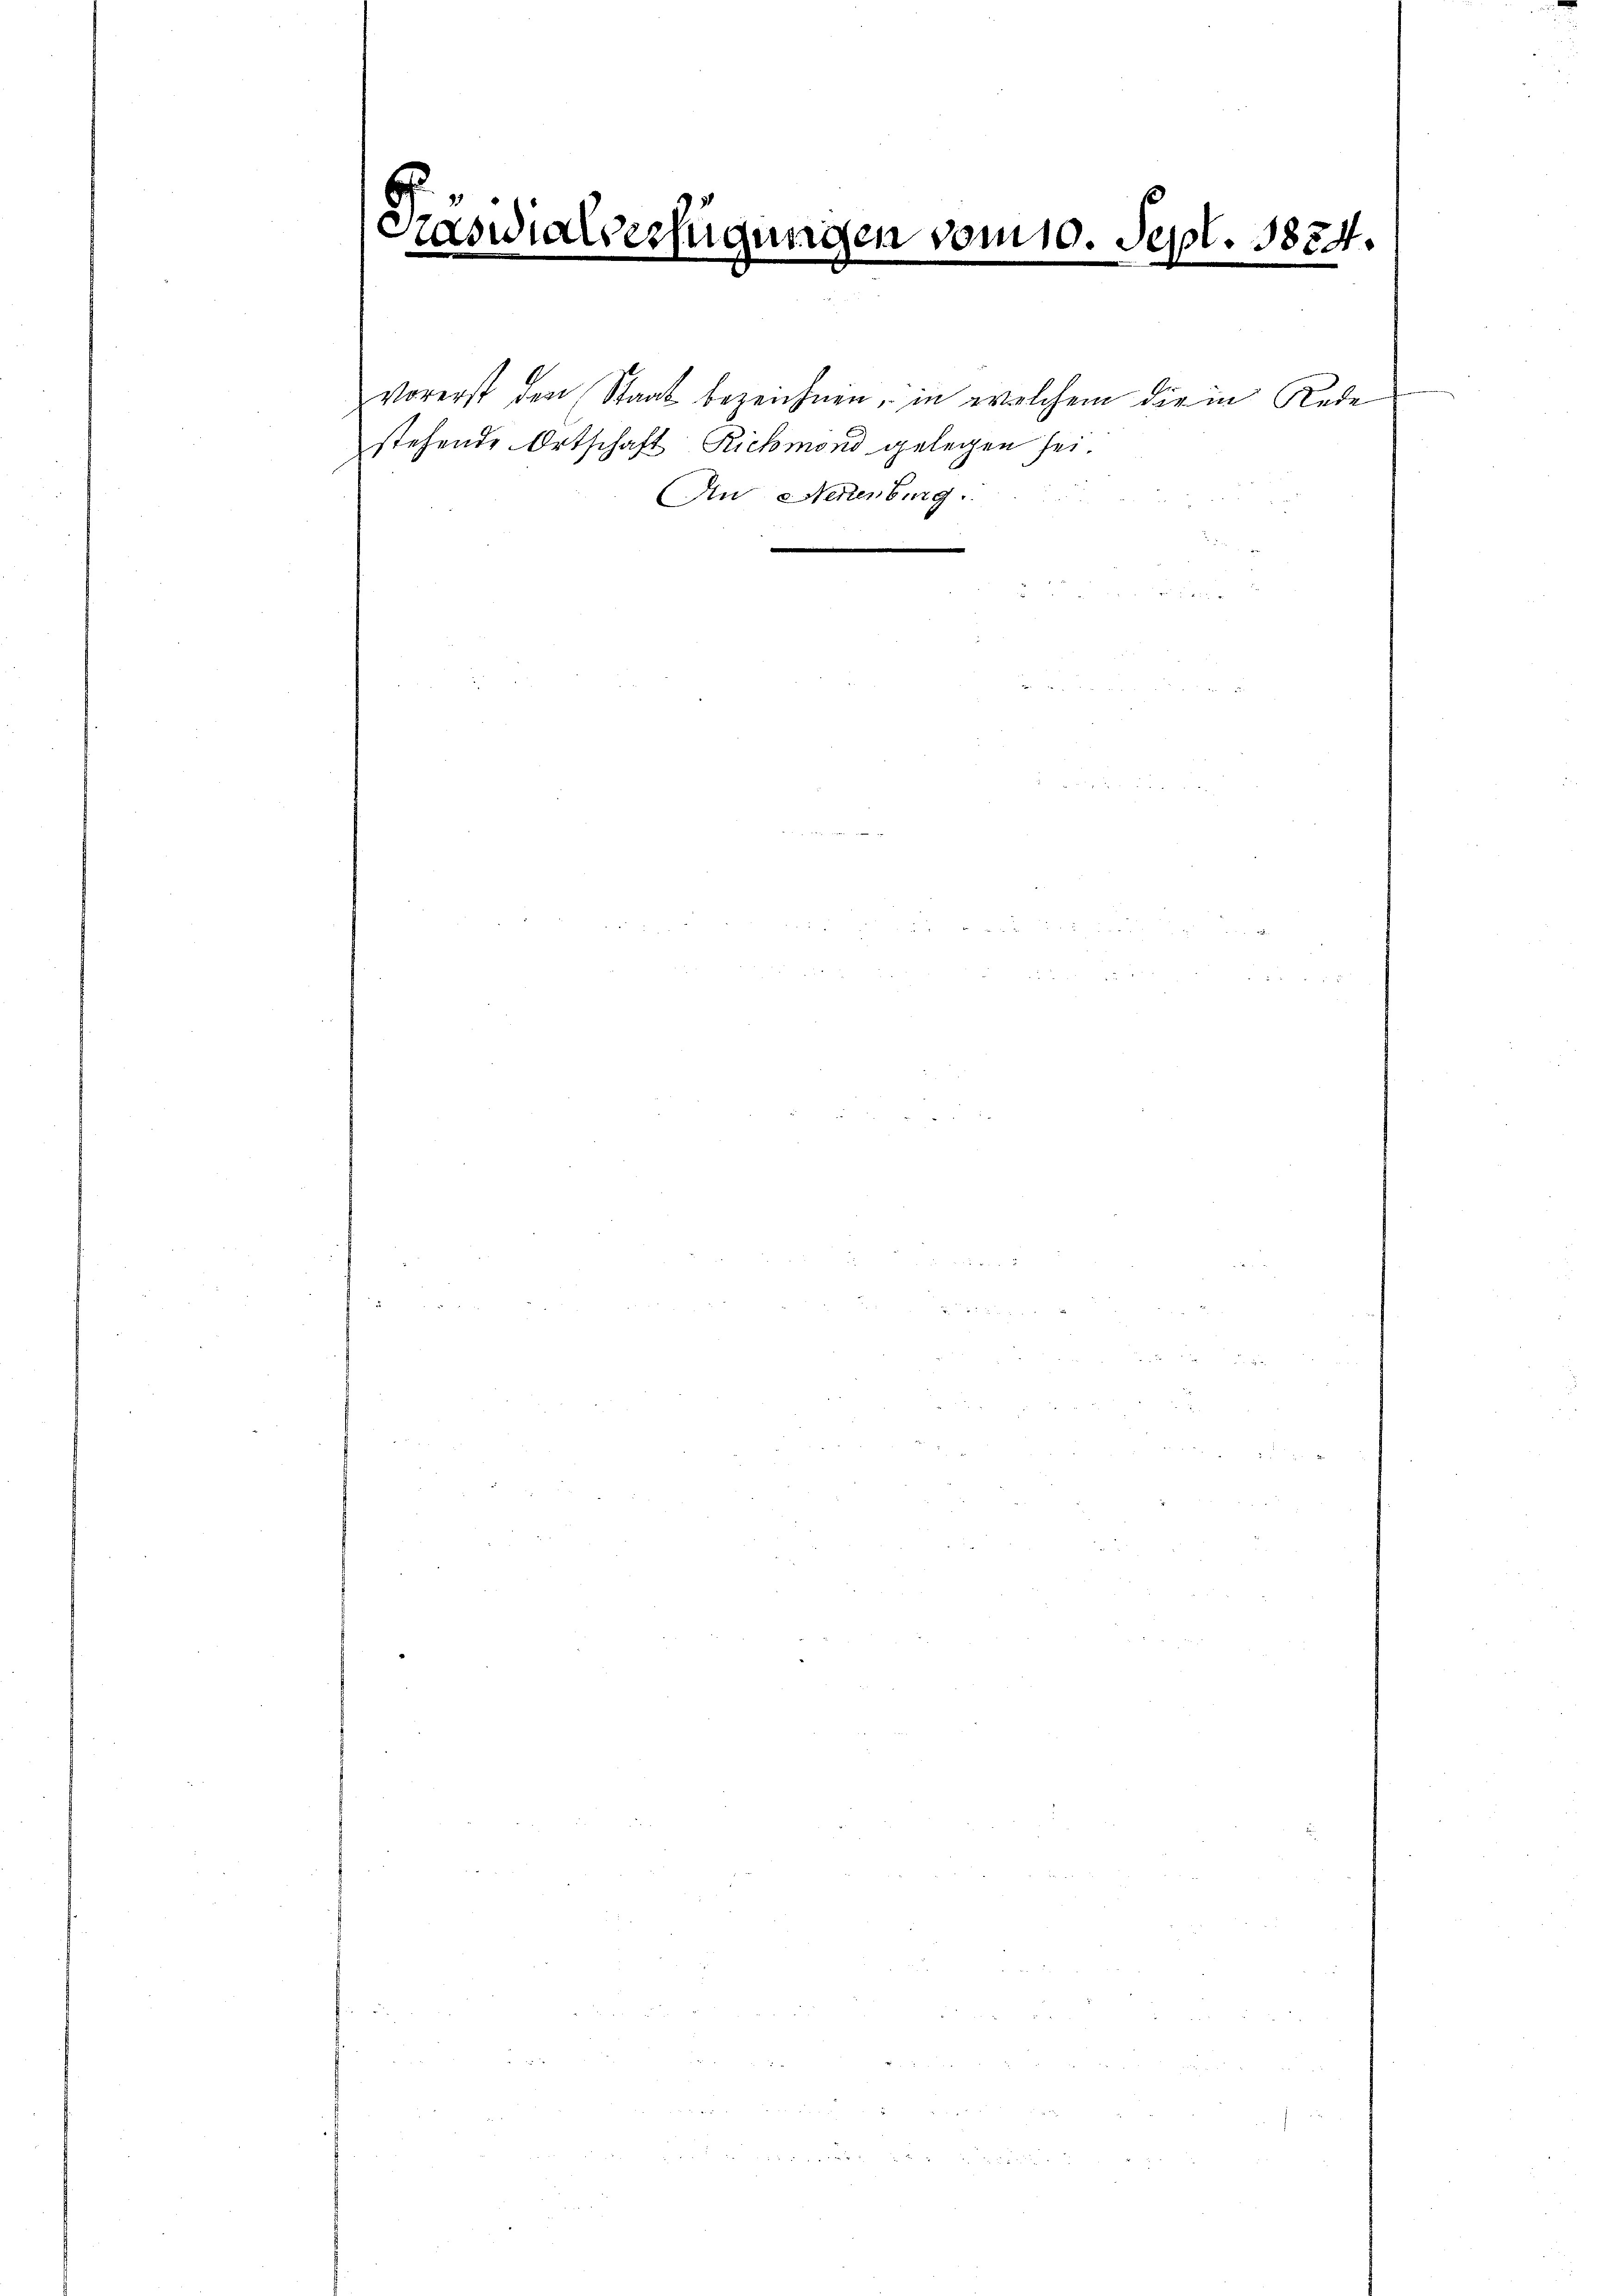
Präsidial
sfügungen vom 10. Sept. 1824.
vn den we
e
e
e

e

vorerst den Staat bezeichnen, in welchem die in Rede
stehende Ortschaft Rickmond gelegen sei
An Neuenburg.